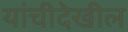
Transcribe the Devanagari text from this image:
यांचीदेखील